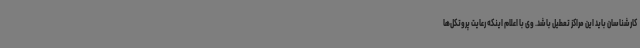
کارشناسان باید این مراکز تعطیل باشد. وی با اعلام اینکه رعایت پروتکل‌ها